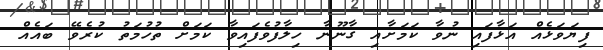
ފިޔަވަޅެއް އަޅާފައި ނުވާ ކަމަށާއި ގާނޫނާ ހިލާފުވެފައިވާ ކަމަށް ތުހުމަތު ކުރެވޭ ބައެއް